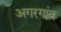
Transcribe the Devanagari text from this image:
अगरगांव